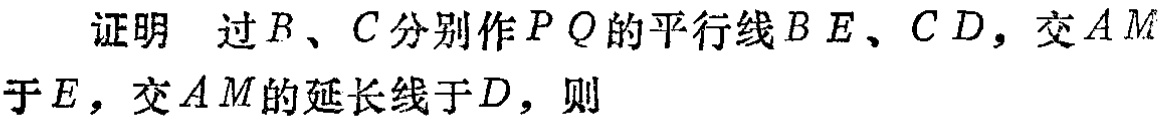
证明 过\(B\)、\(C\)分别作\(PQ\)的平行线\(BE\)、\(CD\)，交\(AM\)于\(E\)，交\(AM\)的延长线于\(D\)，则